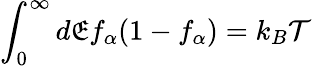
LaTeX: \int_{0}^{\infty}d\mathfrak{E}f_{\alpha}(1-f_{\alpha})=k_{B}\mathcal{{T}}